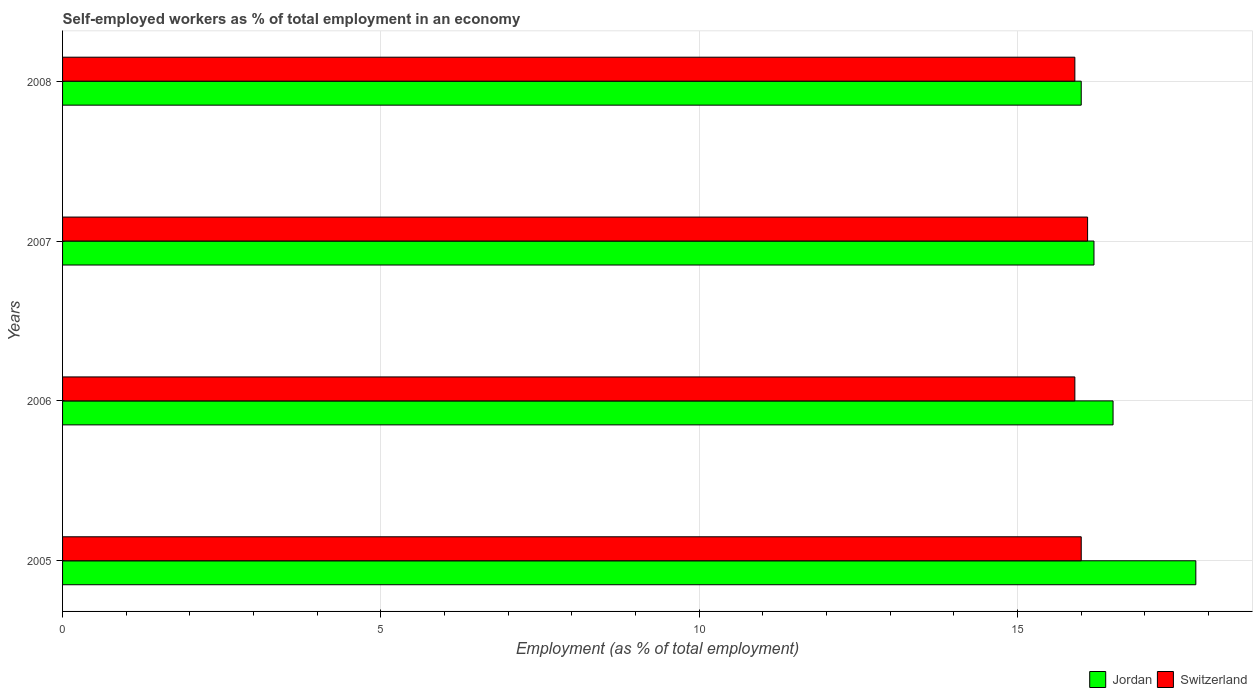
| Years | Jordan | Switzerland |
 | --- | --- | --- |
 | 2005 | 17.8 | 16 |
 | 2006 | 16.5 | 15.9 |
 | 2007 | 16.2 | 16.1 |
 | 2008 | 16 | 15.9 |